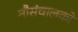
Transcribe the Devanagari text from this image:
नौसंचालकों